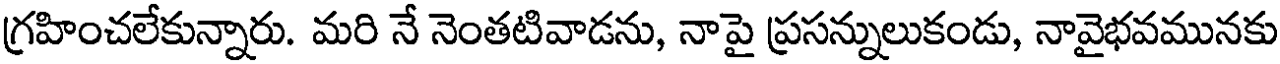
గ్రహించలేకున్నారు. మరి నే నెంతటివాడను, నాపై ప్రసన్నులుకండు, నావైభవమునకు